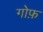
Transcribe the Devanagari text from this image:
गोफ़